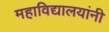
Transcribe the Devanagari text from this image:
महाविद्यालयांनी